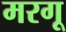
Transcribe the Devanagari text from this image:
मरगू